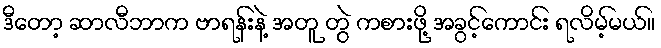
ဒီတော့ ဆာလီဘာက ဗာရန်းနဲ့ အတူ တွဲ ကစားဖို့ အခွင့်ကောင်း ရလိမ့်မယ်။